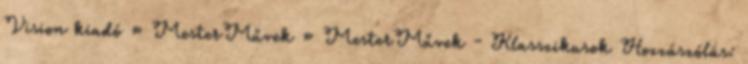
Vision kiadó » MesterMűvek » MesterMűvek - Klasszikusok Hozzászólás: